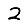
Digit: 2